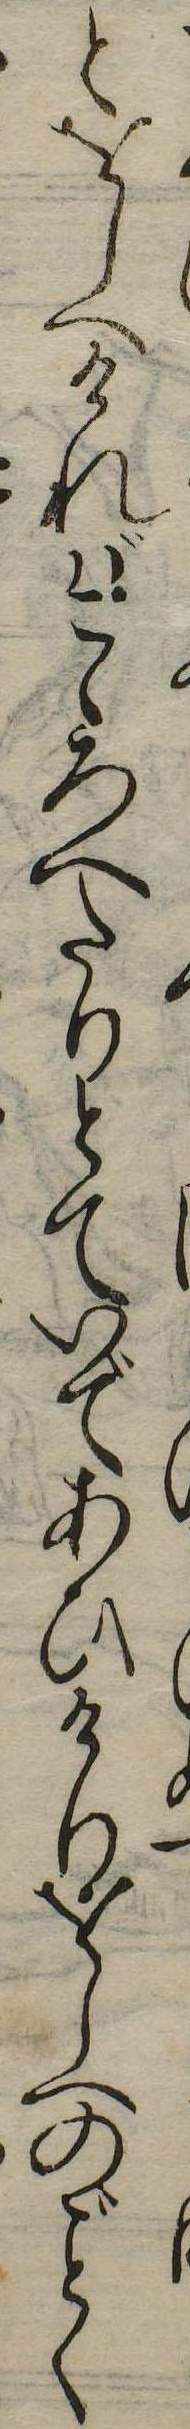
とをしへければこゝろへたりとていであひけりをしへのごとく